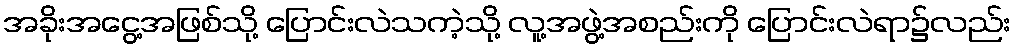
အခိုးအငွေ့အဖြစ်သို့ ပြောင်းလဲသကဲ့သို့ လူ့အဖွဲ့အစည်းကို ပြောင်းလဲရာ၌လည်း